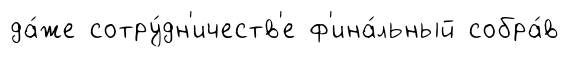
да́же сотру́дн'ичеств'е ф'ина́льный собра́в